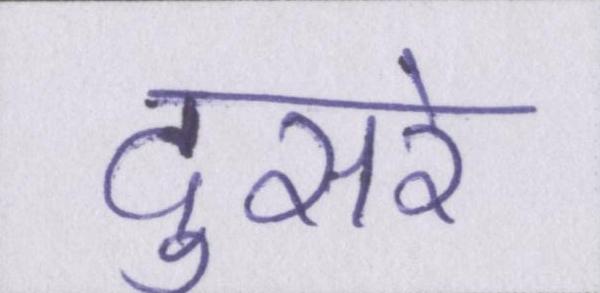
दुसरे